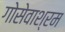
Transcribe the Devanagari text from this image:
गोसेवाश्रम